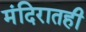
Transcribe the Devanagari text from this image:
मंदिरातही